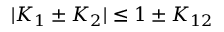
\vert K _ { 1 } \pm K _ { 2 } \vert \le 1 \pm K _ { 1 2 }